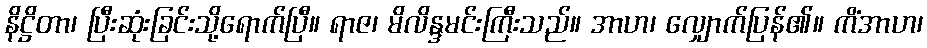
နိဋ္ဌိတာ၊ ပြီးဆုံးခြင်းသို့ရောက်ပြီ။ ရာဇ၊ မိလိန္ဒမင်းကြီးသည်။ အာဟ၊ လျှောက်ပြန်၏။ ကိံအာဟ၊